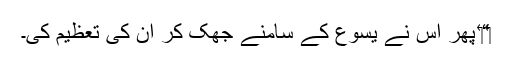
‏“‏ پھر اُس نے یسوع کے سامنے جھک کر اُن کی تعظیم کی۔